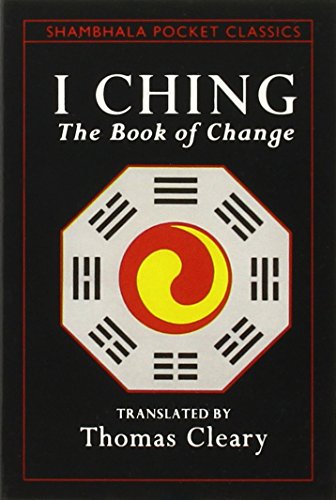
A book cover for I Ching (Shambhala Pocket Classics); Thomas Cleary; Religion & Spirituality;